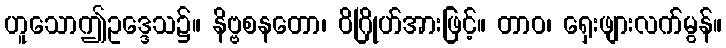
ဟူသောဤဥဒ္ဒေသ၌။ နိဗ္ဗစနတော၊ ဝိဂြိုဟ်အားဖြင့်။ တာဝ၊ ရှေးဖျားလက်မွန်။